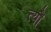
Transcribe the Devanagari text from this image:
त्‍यौं